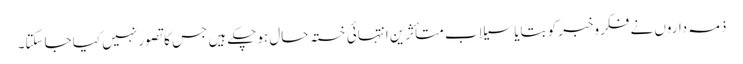
ذمہ داروں نے فکروخبر کو بتایا سیلاب متأثرین انتہائی خستہ حال ہوچکے ہیں جس کا تصور نہیں کیا جاسکتا۔